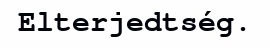
Elterjedtség.